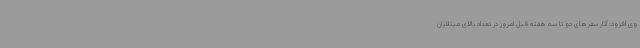
وی افزود: آثار سفرهای دو تا سه هفته قبل امروز در تعداد بالای مبتلایان